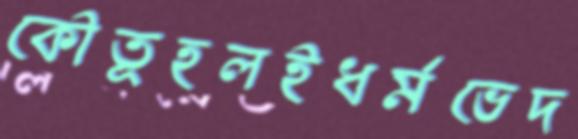
কৌতূহলইধর্মভেদ